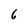
Character: 6